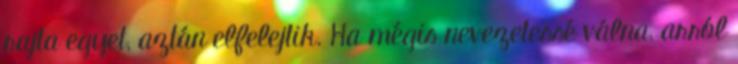
rajta egyet, aztán elfelejtik. Ha mégis nevezetessé válna, arról